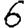
Digit: 6